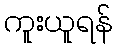
ကူးယူရန်